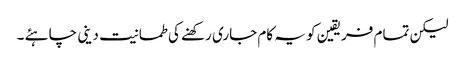
لیکن تمام فریقین کو یہ کام جاری رکھنے کی طمانیت دینی چاہئے ۔